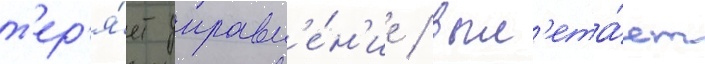
т'ер'я́ет управл'е́н'ие / выл'ета́ет